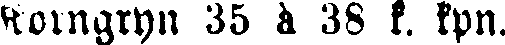
Horngryn 35 à 38 k. kpn.